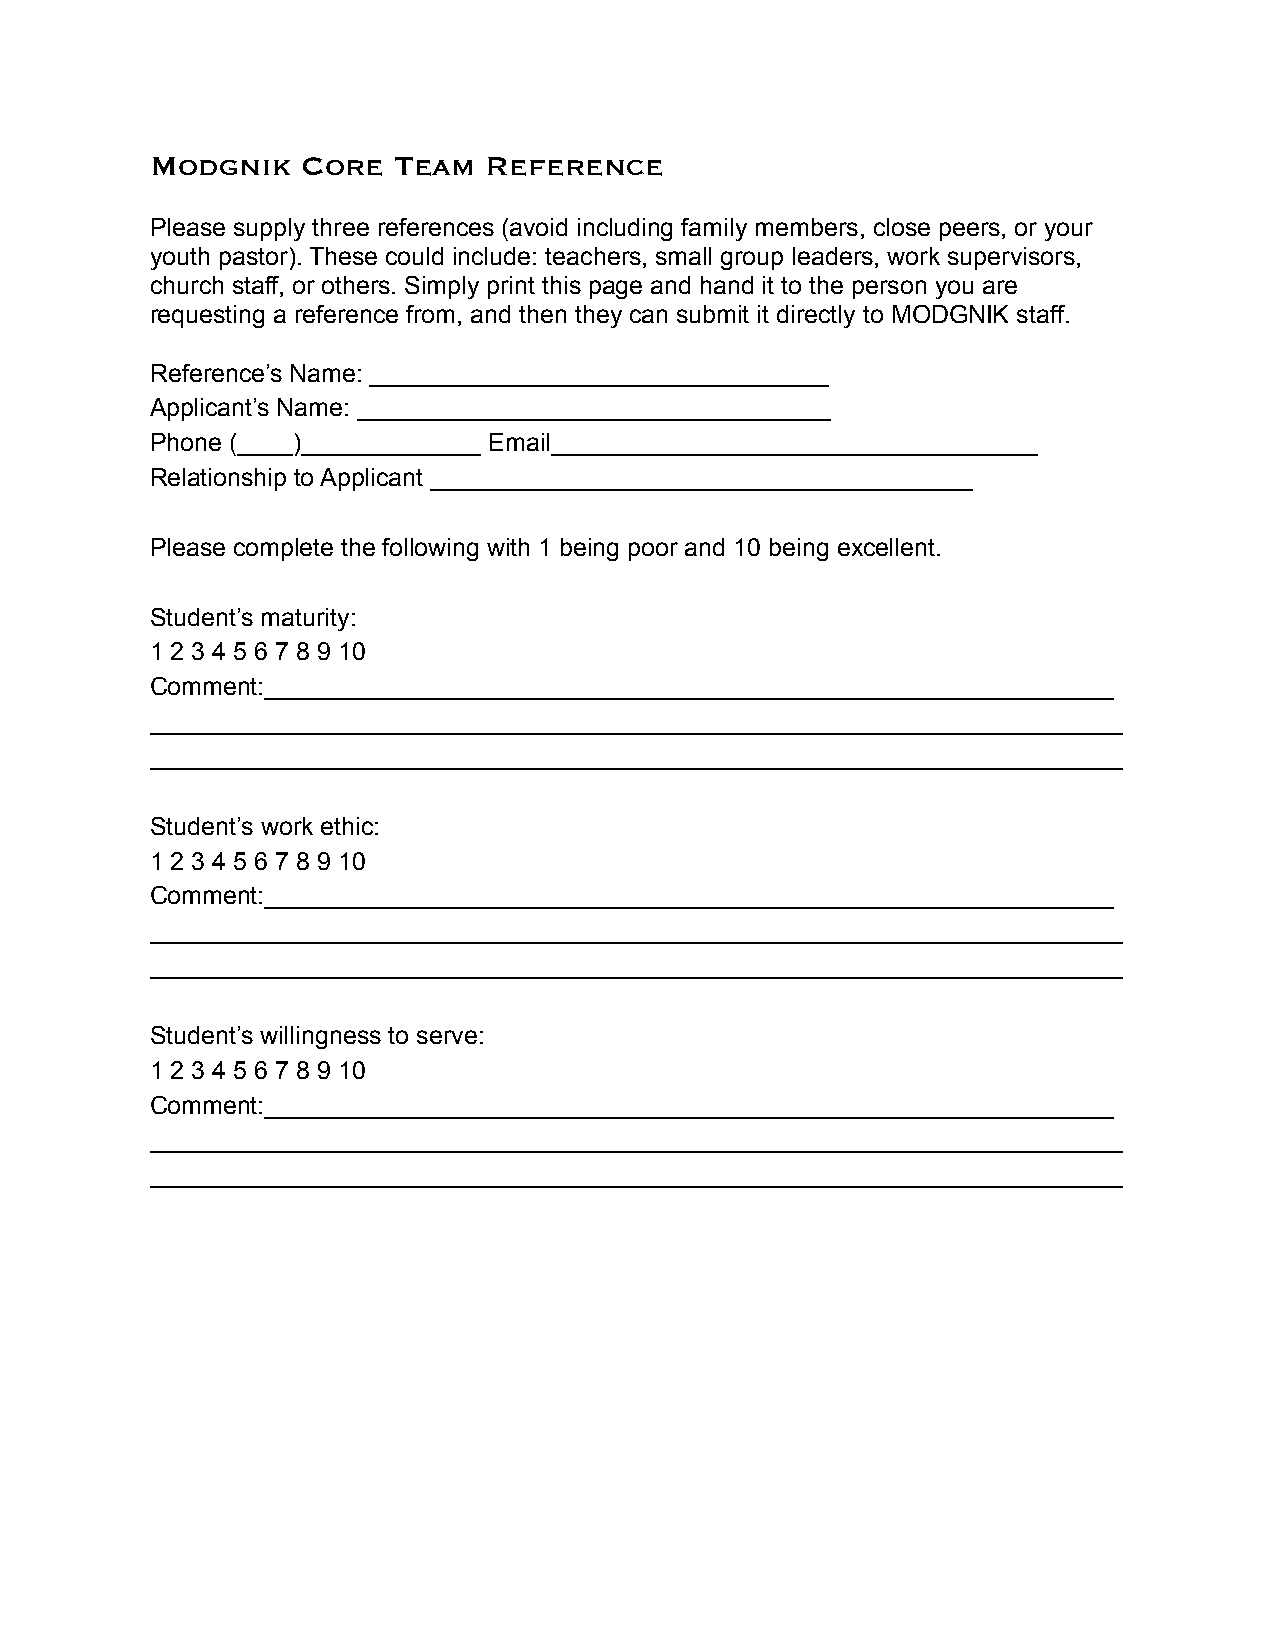
Modgnik   Core  Team  Reference
 Please supply three references (avoid including family members, close peers, or your
 youth pastor). These could include: teachers, small group leaders, work supervisors,
 church staff, or others. Simply print this page and hand it to the person you are
 requesting a reference from, and then they can submit it directly to MODGNIK staff.
 Reference’s Name: _________________________________
 Applicant’s Name: __________________________________
 Phone (____)_____________ Email___________________________________
 Relationship to Applicant _______________________________________
 Please complete the following with 1 being poor and 10 being excellent.
 Student’s maturity:
 1 2 3 4 5 6 7 8 9 10
 Comment:_____________________________________________________________
 ______________________________________________________________________
 ______________________________________________________________________
 Student’s work ethic:
 1 2 3 4 5 6 7 8 9 10
 Comment:_____________________________________________________________
 ______________________________________________________________________
 ______________________________________________________________________
 Student’s willingness to serve:
 1 2 3 4 5 6 7 8 9 10
 Comment:_____________________________________________________________
 ______________________________________________________________________
 ______________________________________________________________________